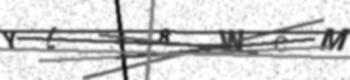
Text: YLJ8WCM